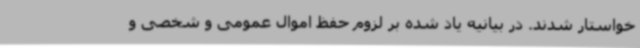
خواستار شدند. در بیانیه یاد شده بر لزوم حفظ اموال عمومی و شخصی و